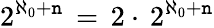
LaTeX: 2^{\aleph_{0}+\mathtt{n}}\, =\, 2\cdot\, 2^{\aleph_{0}+\mathtt{n}}